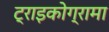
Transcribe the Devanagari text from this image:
ट्राइकोग्रामा